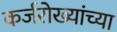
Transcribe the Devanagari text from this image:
कर्जरोख्यांच्या